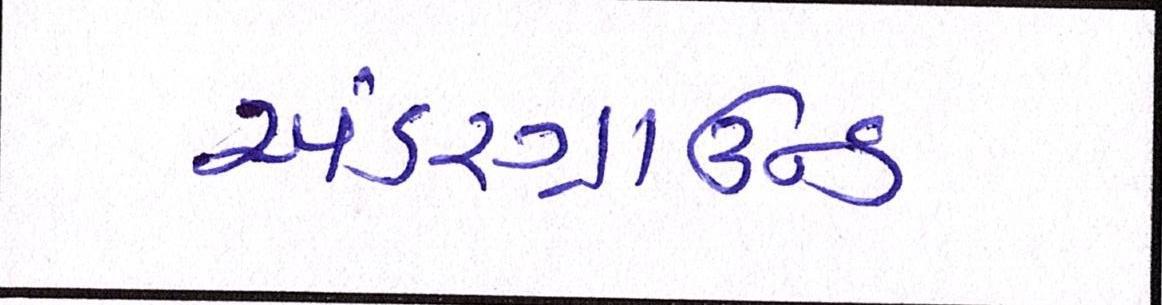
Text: અંડરગ્રાઉન્ડ